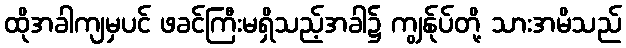
ထိုအခါကျမှပင် ဖခင်ကြီးမရှိသည့်အခါ၌ ကျွန်ုပ်တို့ သားအမိသည်